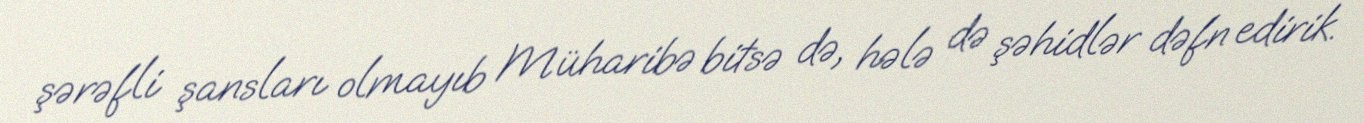
şərəfli şansları olmayıb Müharibə bitsə də, hələ də şəhidlər dəfn edirik.